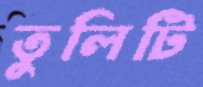
তুলিটি